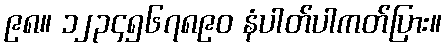
၉၈။ ၁၂၃၄၅၆၇၈၉၀ နံပါတ်ပါကတ်ပြား။